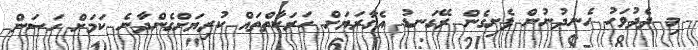
މި ދެދުވަހު ހެނދުނުން ފެށިގެން ރޭގަނޑު އެގާރަޔަށް ހަރަކާތްތައް ކުރިޔަށްގެންދާނެ ކަަމަށް ހަސަން